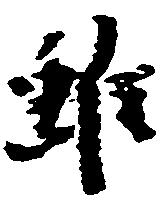
雖